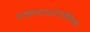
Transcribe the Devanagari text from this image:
एकादशोपनिषद